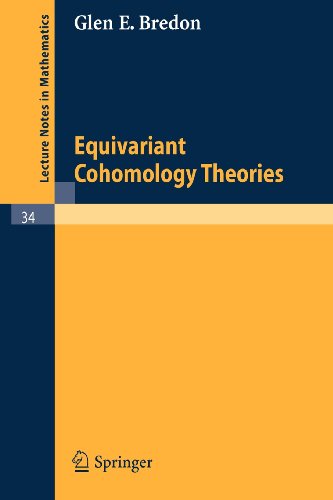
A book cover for Equivariant Cohomology Theories (Lecture Notes in Mathematics); Glen E. Bredon; Science & Math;